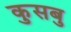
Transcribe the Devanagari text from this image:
कुसबु